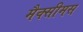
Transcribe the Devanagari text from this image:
मैक्सीमस